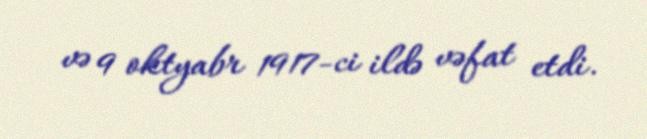
və 9 oktyabr 1917-ci ildə vəfat etdi.